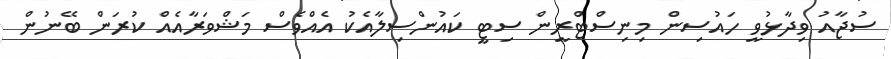
ސުޖާއު ވިދާޅުވީ ހައުސިން މިނިސްޓްރީން ސިޓީ ކައުންސިލާއެކު އެއްވެސް މަޝްވަރާއެއް ކުރަން ބޭނުން